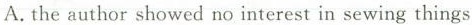
A.the author showed no interest in sewing things